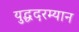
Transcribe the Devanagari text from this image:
युद्धदरम्यान